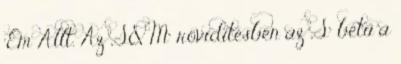
'Em Allt. Az „S&M” rövidítésben az „S” betű a